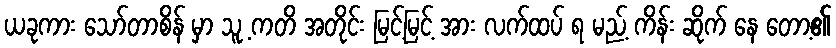
ယခုကား သော်တာစိန် မှာ သူ့ ကတိ အတိုင်း မြင့်မြင့် အား လက်ထပ် ရ မည့် ကိန်း ဆိုက် နေ တော့၏